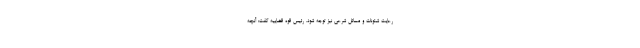
رعایت شئونات و مسائل شرعی نیز توجه شود. رئیس قوه قضاییه گفت: آنچه